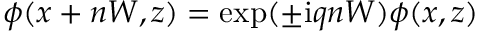
\phi ( x + n W , z ) = \exp ( \pm \mathrm { i } q n W ) \phi ( x , z )